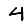
Digit: 4